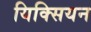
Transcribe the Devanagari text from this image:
यिक्सियन